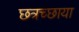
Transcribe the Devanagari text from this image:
छत्रच्छाया